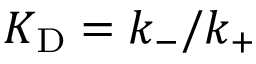
{ K _ { \mathrm { D } } } = k _ { - } / k _ { + }